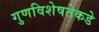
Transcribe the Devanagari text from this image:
गुणविशेषतेकडे